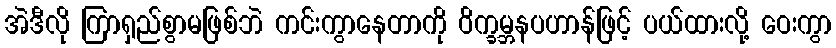
အဲဒီလို ကြာရှည်စွာမဖြစ်ဘဲ ကင်းကွာနေတာကို ဝိက္ခမ္ဘနပဟာန်ဖြင့် ပယ်ထားလို့ ဝေးကွာ